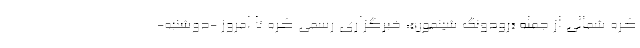
کره شمالی از جمله «رودونگ شینمون»، خبرگزاری رسمی کره تا امروز -دوشنبه-